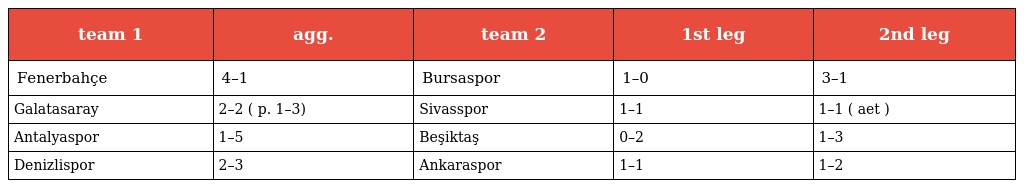
| team 1 | agg. | team 2 | 1st leg | 2nd leg |
 | --- | --- | --- | --- | --- |
 | Fenerbahçe | 4–1 | Bursaspor | 1–0 | 3–1 |
 | Galatasaray | 2–2 ( p. 1–3) | Sivasspor | 1–1 | 1–1 ( aet ) |
 | Antalyaspor | 1–5 | Beşiktaş | 0–2 | 1–3 |
 | Denizlispor | 2–3 | Ankaraspor | 1–1 | 1–2 |